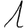
Digit: 1